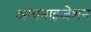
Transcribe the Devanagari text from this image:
आयनाइजेशन